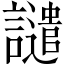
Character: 譴